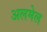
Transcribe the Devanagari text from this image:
अलमेल